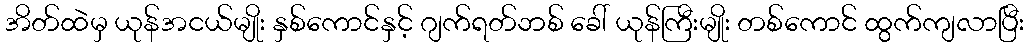
အိတ်ထဲမှ ယုန်အငယ်မျိုး နှစ်ကောင်နှင့် ဂျက်ရတ်ဘစ် ခေါ် ယုန်ကြီးမျိုး တစ်ကောင် ထွက်ကျလာပြီး